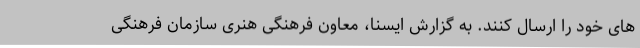
های خود را ارسال کنند. به گزارش ایسنا، معاون فرهنگی هنری سازمان فرهنگی